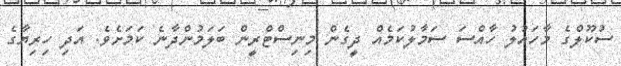
ސުކޫލްގެ މާހައުލު ހާއްސަ ސަމާލުކަމެއް ދީގެން މިނިސްޓްރީން ބަލަމުންދާނެ ކަމަށެވެ. އަދި ހިރިޔާގެ